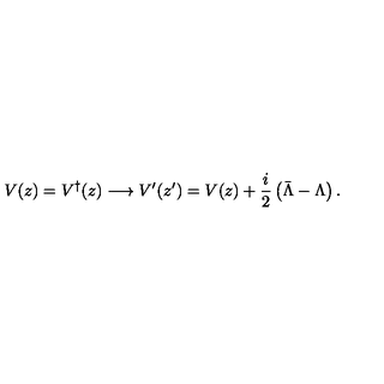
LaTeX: V ( z ) = V ^ { \dagger } ( z ) \longrightarrow V ^ { \prime } ( z ^ { \prime } ) = V ( z ) + \frac { i } { 2 } \left( \bar { \Lambda } - \Lambda \right) .